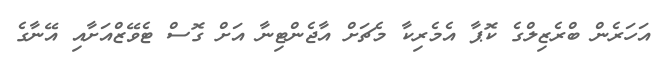
އަހަރެން ބްރެޒިލްގެ ކޮޕާ އެމެރިކާ މެޗަށް އާޖެންޓިނާ އަށް ގޮސް ޓެވޭޒްއަށާއި އޭނާގެ